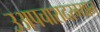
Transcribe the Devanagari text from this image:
उअपचारादरम्यान